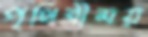
পৃথিবীময়